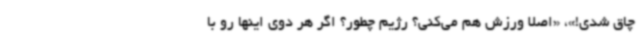
چاق شدی!»، «اصلاً ورزش هم می‌کنی؟ رژیم چطور؟ اگر هر دوی اینها رو با